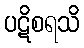
ပဋိစရသိ